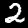
Digit: 2